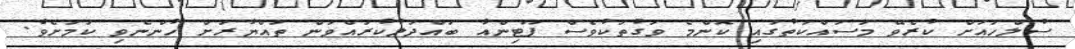
ސުލްހައަށް ކުރެވޭ މަސައްކަތުގައި ކޮންމެ ވަގުތަކުވެސް ޕޫޓިންއާ ބައްދަލުކުރައްވަން ތައްޔާރަށް ހުންނެވި ކަމަށެވެ.